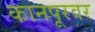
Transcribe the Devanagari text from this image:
कानपूरवर